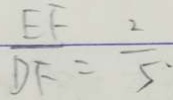
\frac { E F } { D F } = \frac { 2 } { 5 } \cdot